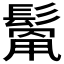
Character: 𩮓